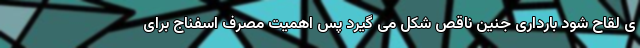
ی لقاح شود بارداری جنین ناقص شکل می گیرد پس اهمیت مصرف اسفناج برای